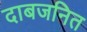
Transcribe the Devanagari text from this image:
दाबजनित